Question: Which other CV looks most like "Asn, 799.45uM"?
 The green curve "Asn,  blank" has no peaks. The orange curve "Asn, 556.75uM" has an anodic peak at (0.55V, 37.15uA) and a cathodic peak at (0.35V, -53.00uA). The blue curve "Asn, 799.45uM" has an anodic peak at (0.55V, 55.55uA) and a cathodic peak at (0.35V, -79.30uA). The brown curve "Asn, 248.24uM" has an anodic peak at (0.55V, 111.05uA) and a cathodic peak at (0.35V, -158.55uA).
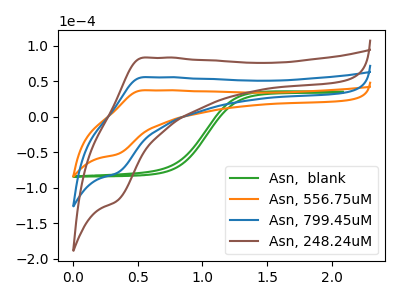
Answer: <think>"Asn,  blank" and "Asn, 556.75uM" have a different number of peaks. "Asn,  blank" and "Asn, 799.45uM" have a different number of peaks. "Asn,  blank" and "Asn, 248.24uM" have a different number of peaks. All the peaks in "Asn, 556.75uM" have a peak in "Asn, 799.45uM" at the same potential. Every peak in "Asn, 556.75uM" is lower than every peak in "Asn, 799.45uM". All the peaks in "Asn, 556.75uM" have a peak in "Asn, 248.24uM" at the same potential. Every peak in "Asn, 556.75uM" is lower than every peak in "Asn, 248.24uM". All the peaks in "Asn, 799.45uM" have a peak in "Asn, 248.24uM" at the same potential. Every peak in "Asn, 799.45uM" is lower than every peak in "Asn, 248.24uM".
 </think>
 <answer>"Asn, 799.45uM" and "Asn, 248.24uM" have a similar shape to "Asn, 556.75uM".</answer>
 <eval>"Asn, 799.45uM" "Asn, 248.24uM"</eval>